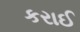
કરાઈ